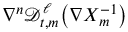
\nabla ^ { n } \mathscr { D } _ { t , m } ^ { \ell } \bigl ( \nabla X _ { m } ^ { - 1 } \bigr )